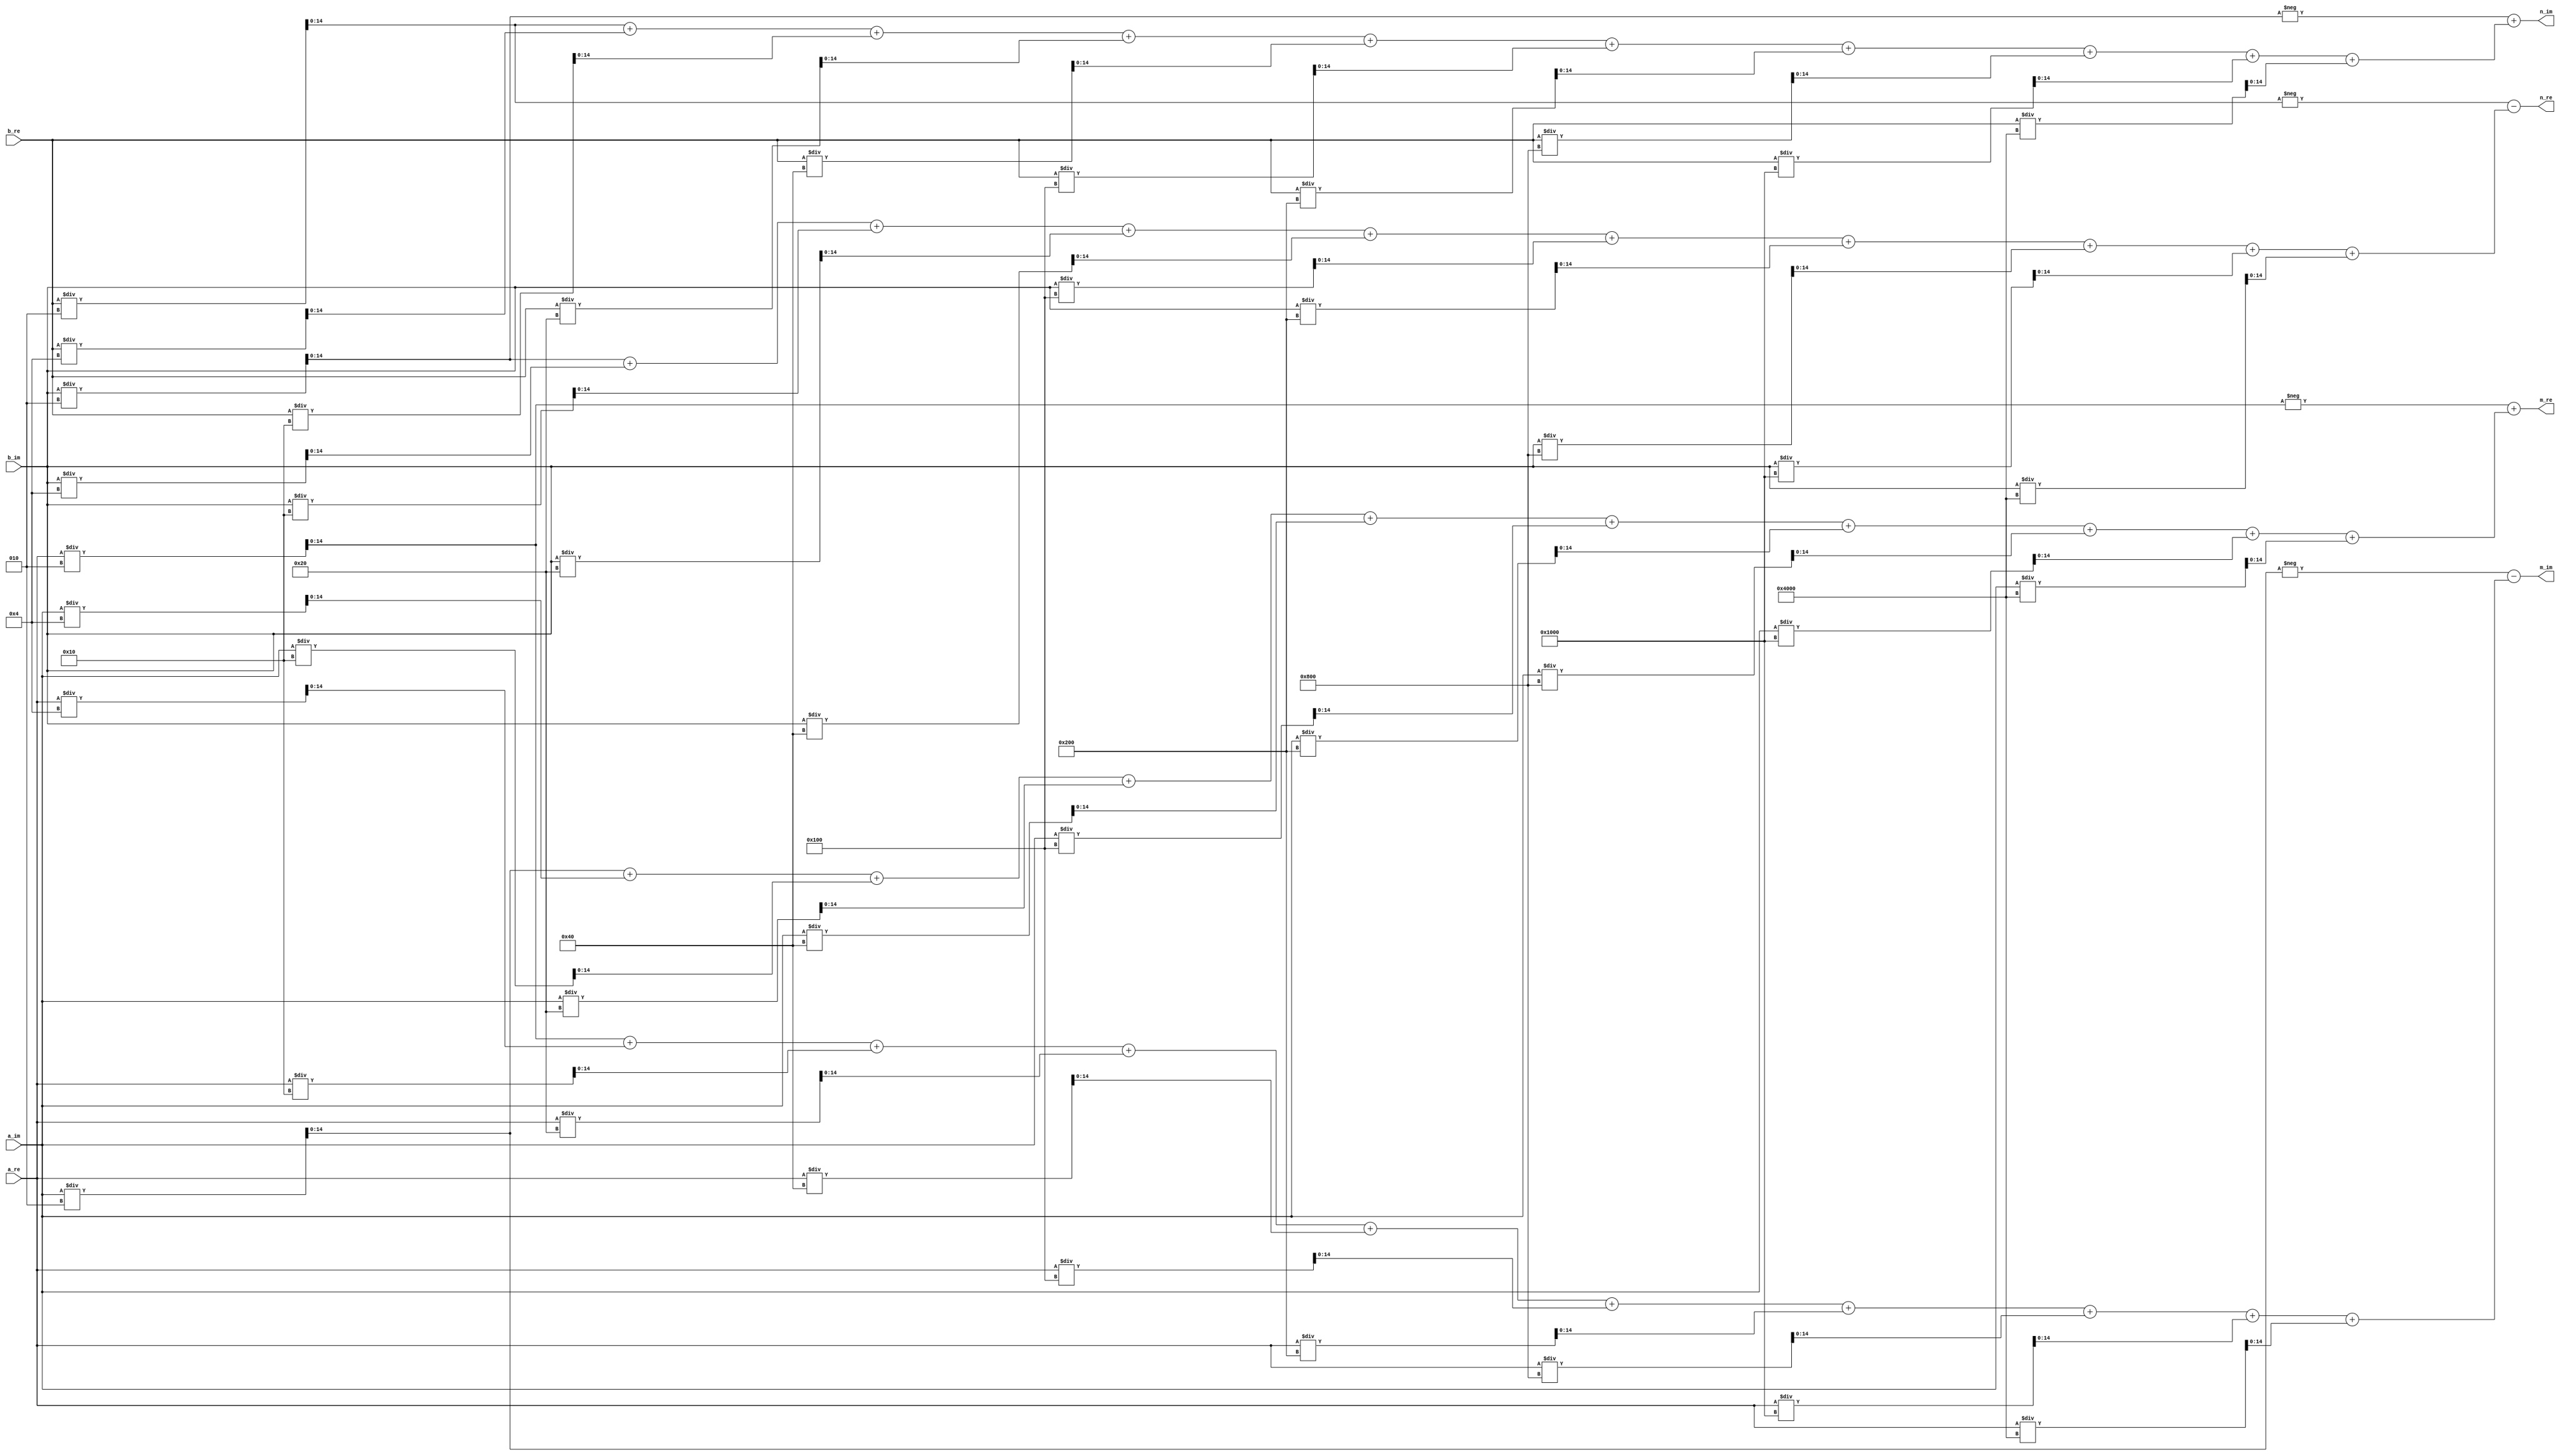
module Special3 #(
    parameter WIDTH=15
)(
    input signed [WIDTH-1:0] a_re,
    input signed [WIDTH-1:0] a_im,
    input signed [WIDTH-1:0] b_re,
    input signed [WIDTH-1:0] b_im,
    output signed [WIDTH-1:0] m_re,
    output signed [WIDTH-1:0] m_im,
    output signed [WIDTH-1:0] n_re,
    output signed [WIDTH-1:0] n_im
);

assign m_re = -(a_re/2) + ((a_im/2) + (a_im/4) + (a_im/16) + (a_im/32) + (a_im/64) + (a_im/256) + (a_im/512) + (a_im/2048) + (a_im/4096) + (a_im/16384));
assign m_im = -(a_im/2) - ((a_re/2) + (a_re/4) + (a_re/16) + (a_re/32) + (a_re/64) + (a_re/256) + (a_re/512) + (a_re/2048) + (a_re/4096) + (a_re/16384));
assign n_re = -(b_re/2) - ((b_im/2) + (b_im/4) + (b_im/16) + (b_im/32) + (b_im/64) + (b_im/256) + (b_im/512) + (b_im/2048) + (b_im/4096) + (b_im/16384));
assign n_im = -(b_im/2) + ((b_re/2) + (b_re/4) + (b_re/16) + (b_re/32) + (b_re/64) + (b_re/256) + (b_re/512) + (b_re/2048) + (b_re/4096) + (b_re/16384));

endmodule